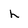
Character: h